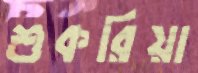
শুকরিয়া